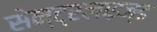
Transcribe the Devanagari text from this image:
सेन्ट्रलाइज्ड